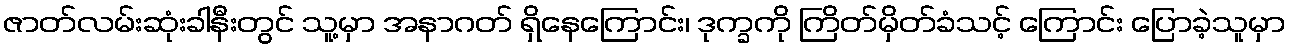
ဇာတ်လမ်းဆုံးခါနီးတွင် သူ့မှာ အနာဂတ် ရှိနေကြောင်း၊ ဒုက္ခကို ကြိတ်မှိတ်ခံသင့် ကြောင်း ပြောခဲ့သူမှာ